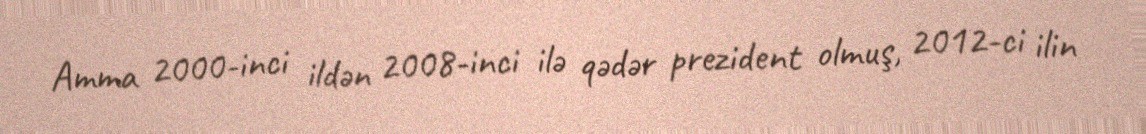
Amma 2000-inci ildən 2008-inci ilə qədər prezident olmuş, 2012-ci ilin